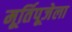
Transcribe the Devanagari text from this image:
मूर्तिपूजेला